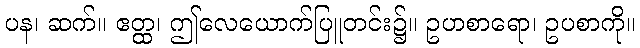
ပန၊ ဆက်။ ဧတ္ထ၊ ဤလေယောက်ပြူတင်း၌။ ဥပာစာရော၊ ဥပစာကို။